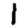
Digit: 1